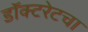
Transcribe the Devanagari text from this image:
डॉक्टरेटचा